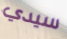
سيدي